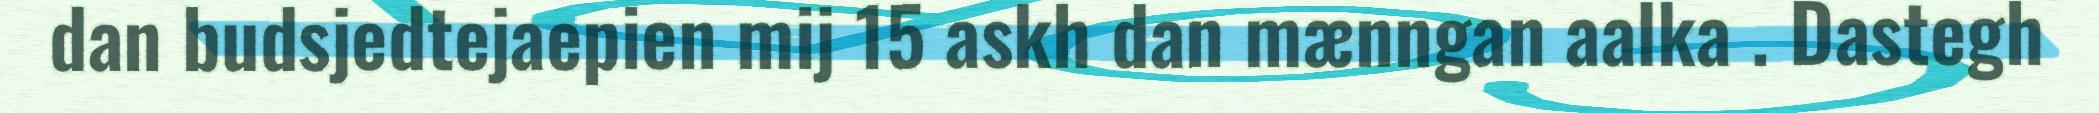
dan budsjedtejaepien mij 15 askh dan mænngan aalka . Dastegh